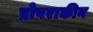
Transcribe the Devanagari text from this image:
प्रोपराकीन